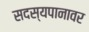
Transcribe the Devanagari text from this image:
सदस्यपानावर